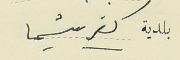
بلدية كفرشيما